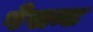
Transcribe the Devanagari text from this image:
पेसन्ट